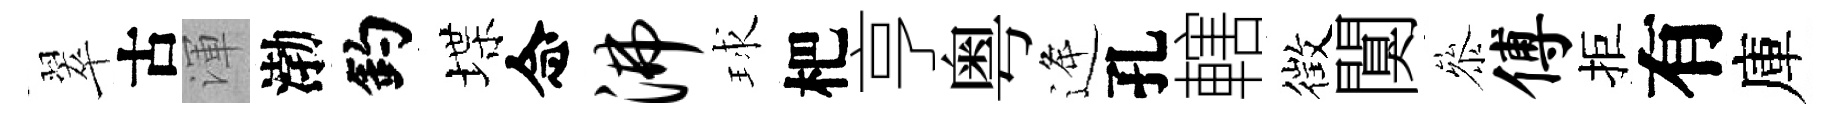
翠古渾渤釣堞念沸球杷亨粤逄孔轄徴闃叅傅拒有庫